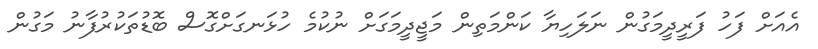
އެއަށް ފަހު ފަރީދީމަގުން ނަލަހިޔާ ކަންމަތިން މަޖީދީމަގަށް ނުކުމެ ހުޅަނގަށްގޮސް ބޮޑުތަކުރުފާނު މަގުން